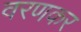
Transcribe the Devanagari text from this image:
वरणकर